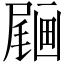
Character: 𡳒